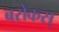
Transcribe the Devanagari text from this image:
बरोकस्